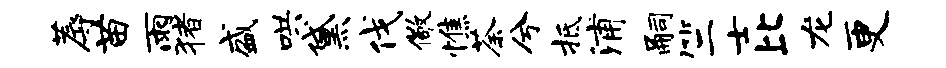
蓐苗雨猪盛哄黛伐儆憔荼兮抵浦嗣竺士比龙更